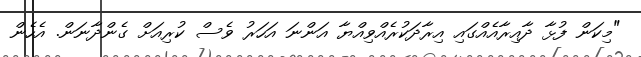
"މިކަން ފުޅާ ދާއިރާއެއްގައި އިރާދަކުރެއްވިއްޔާ އަންނަ އަހަރު ވެސް ކުރިއަށް ގެންދާނަން. އެހެން